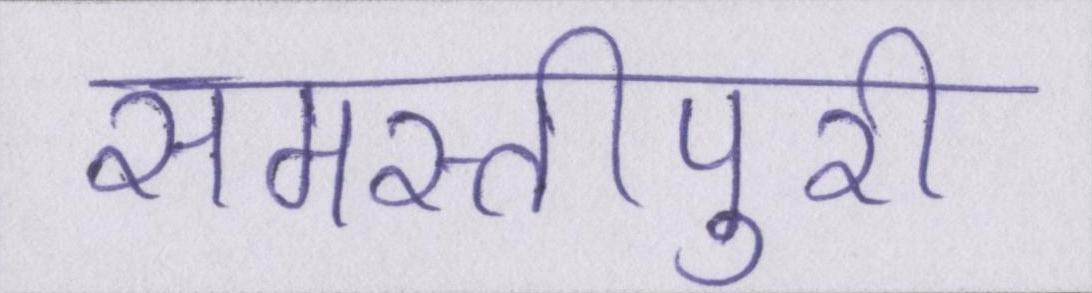
समस्तीपुरी